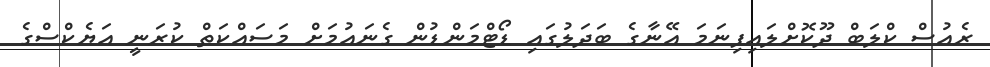
ރެއުސް ކްލަބް ދޫކޮށްލައިފިނަމަ އޭނާގެ ބަދަލުގައި ޑޯޓްމަންޑުން ގެނައުމަށް މަސައްކަތް ކުރަނީ އަޔެކްސްގެ